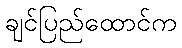
ချင်ပြည်ထောင်က